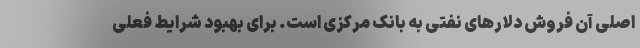
اصلی آن فروش دلارهای نفتی به بانک مرکزی است. برای بهبود شرایط فعلی